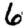
Digit: 6